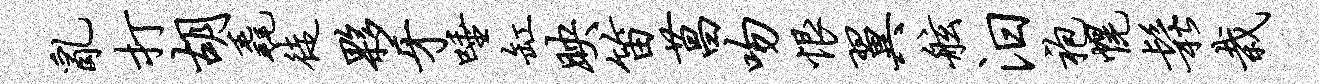
乱打胡毳徒夥牙唾缸映笛菖吻恨翼舷汨袍幌松栽